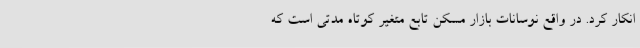
انکار کرد. در واقع نوسانات بازار مسکن تابع متغیر کوتاه مدتی است که